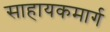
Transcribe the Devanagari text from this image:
साहायकमार्ग